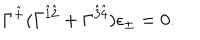
\Gamma ^ { \hat { + } } ( \Gamma ^ { \hat { 1 } \hat { 2 } } + \Gamma ^ { \hat { 3 } \hat { 4 } } ) \epsilon _ { \pm } = 0 .